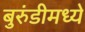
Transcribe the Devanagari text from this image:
बुरुंडीमध्ये